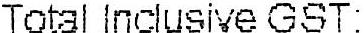
TOTAL INCLUSIVE GST: